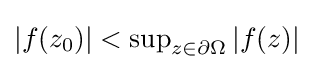
{\textstyle |f(z_{0})|<\sup _{z\in \partial \Omega }|f(z)|}